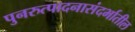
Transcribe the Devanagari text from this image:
पुनरुत्पादनासंदर्भातील